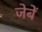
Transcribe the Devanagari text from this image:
जेबें